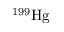
^ { 1 9 9 } \mathrm { H g }